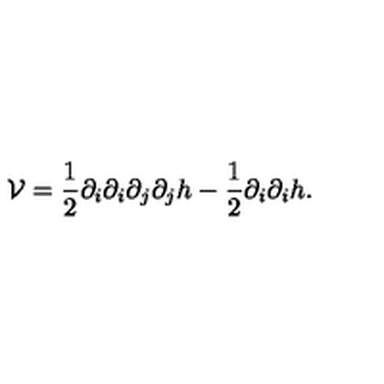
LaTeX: \mathcal { V } = \frac { 1 } { 2 } \partial _ { i } \partial _ { i } \partial _ { j } \partial _ { j } h - \frac { 1 } { 2 } \partial _ { i } \partial _ { i } h .